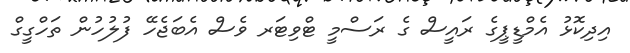
އިދިކޮޅު އެމްޑީޕީގެ ރައީސް ގެ ރަސްމީ ޓްވިޓަރ ވެސް އެބަޖެހޭ ފުލުހުން ތަހްގީގް